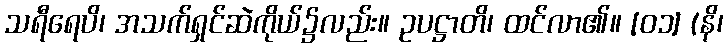
သရီရေပိ၊ အသက်ရှင်ဆဲကိုယ်၌လည်း။ ဥပဋ္ဌာတိ၊ ထင်လာ၏။ [၀၁] (နိ၊